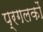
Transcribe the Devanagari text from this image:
प्रगलकों